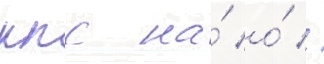
ккс на́ о́ //